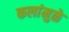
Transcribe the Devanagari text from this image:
कलांमुळे